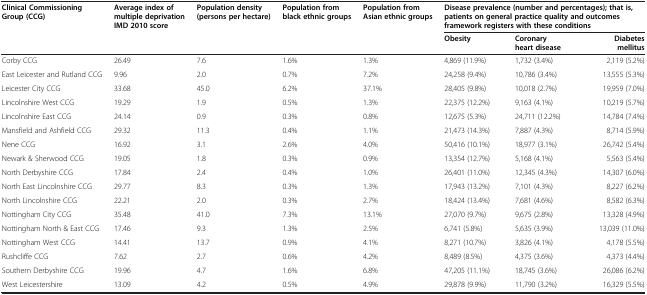
<table><thead><tr><td rowspan="2"><b>Clinical Commissioning Group (CCG)</b></td><td rowspan="2"><b>Average index of multiple deprivation IMD 2010 score</b></td><td rowspan="2"><b>Population density (persons per hectare)</b></td><td rowspan="2"><b>Population from black ethnic groups</b></td><td rowspan="2"><b>Population from Asian ethnic groups</b></td><td colspan="3"><b>Disease prevalence (number and percentages); that is, patients on general practice quality and outcomes framework registers with these conditions</b></td></tr><tr><td><b>Obesity</b></td><td><b>Coronary heart disease</b></td><td><b>Diabetes mellitus</b></td></tr></thead><tbody><tr><td>Corby CCG</td><td>26.49</td><td>7.6</td><td>1.6%</td><td>1.3%</td><td>4,869 (11.9%)</td><td>1,732 (3.4%)</td><td>2,119 (5.2%)</td></tr><tr><td>East Leicester and Rutland CCG</td><td>9.96</td><td>2.0</td><td>0.7%</td><td>7.2%</td><td>24,258 (9.4%)</td><td>10,786 (3.4%)</td><td>13,555 (5.3%)</td></tr><tr><td>Leicester City CCG</td><td>33.68</td><td>45.0</td><td>6.2%</td><td>37.1%</td><td>28,405 (9.8%)</td><td>10,018 (2.7%)</td><td>19,959 (7.0%)</td></tr><tr><td>Lincolnshire West CCG</td><td>19.29</td><td>1.9</td><td>0.5%</td><td>1.3%</td><td>22,375 (12.2%)</td><td>9,163 (4.1%)</td><td>10,219 (5.7%)</td></tr><tr><td>Lincolnshire East CCG</td><td>24.14</td><td>0.9</td><td>0.3%</td><td>0.8%</td><td>12,675 (5.3%)</td><td>24,711 (12.2%)</td><td>14,784 (7.4%)</td></tr><tr><td>Mansfield and Ashfield CCG</td><td>29.32</td><td>11.3</td><td>0.4%</td><td>1.1%</td><td>21,473 (14.3%)</td><td>7,887 (4.3%)</td><td>8,714 (5.9%)</td></tr><tr><td>Nene CCG</td><td>16.92</td><td>3.1</td><td>2.6%</td><td>4.0%</td><td>50,416 (10.1%)</td><td>18,977 (3.1%)</td><td>26,742 (5.4%)</td></tr><tr><td>Newark &amp; Sherwood CCG</td><td>19.05</td><td>1.8</td><td>0.3%</td><td>0.9%</td><td>13,354 (12.7%)</td><td>5,168 (4.1%)</td><td>5,563 (5.4%)</td></tr><tr><td>North Derbyshire CCG</td><td>17.84</td><td>2.4</td><td>0.4%</td><td>1.0%</td><td>26,401 (11.0%)</td><td>12,345 (4.3%)</td><td>14,307 (6.0%)</td></tr><tr><td>North East Lincolnshire CCG</td><td>29.77</td><td>8.3</td><td>0.3%</td><td>1.3%</td><td>17,943 (13.2%)</td><td>7,101 (4.3%)</td><td>8,227 (6.2%)</td></tr><tr><td>North Lincolnshire CCG</td><td>22.21</td><td>2.0</td><td>0.3%</td><td>2.7%</td><td>18,424 (13.4%)</td><td>7,681 (4.6%)</td><td>8,582 (6.3%)</td></tr><tr><td>Nottingham City CCG</td><td>35.48</td><td>41.0</td><td>7.3%</td><td>13.1%</td><td>27,070 (9.7%)</td><td>9,675 (2.8%)</td><td>13,328 (4.9%)</td></tr><tr><td>Nottingham North &amp; East CCG</td><td>17.46</td><td>9.3</td><td>1.3%</td><td>2.5%</td><td>6,741 (5.8%)</td><td>5,635 (3.9%)</td><td>13,039 (11.0%)</td></tr><tr><td>Nottingham West CCG</td><td>14.41</td><td>13.7</td><td>0.9%</td><td>4.1%</td><td>8,271 (10.7%)</td><td>3,826 (4.1%)</td><td>4,178 (5.5%)</td></tr><tr><td>Rushcliffe CCG</td><td>7.62</td><td>2.7</td><td>0.6%</td><td>4.2%</td><td>8,489 (8.5%)</td><td>4,375 (3.6%)</td><td>4,373 (4.4%)</td></tr><tr><td>Southern Derbyshire CCG</td><td>19.96</td><td>4.7</td><td>1.6%</td><td>6.8%</td><td>47,205 (11.1%)</td><td>18,745 (3.6%)</td><td>26,086 (6.2%)</td></tr><tr><td>West Leicestershire</td><td>13.09</td><td>4.2</td><td>0.5%</td><td>4.9%</td><td>29,878 (9.9%)</td><td>11,790 (3.2%)</td><td>16,329 (5.5%)</td></tr></tbody></table>